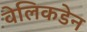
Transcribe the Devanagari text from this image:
वेलिकडेन